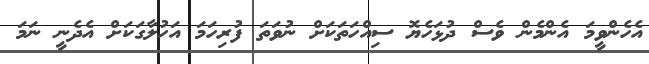
އެހެންވީމަ އެންމެން ވެސް ދުޅަހެޔޮ ސިއްހަތަކަށް ނުވަތަ ފުރިހަމަ އަހުލާގަކަށް އެދެނީ ނަމަ